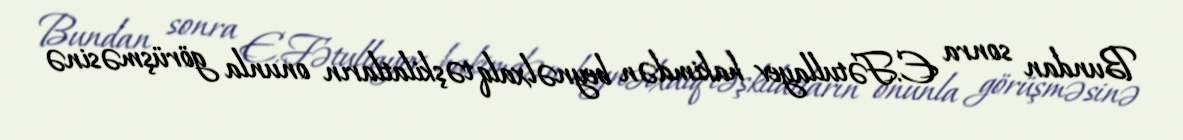
Bundan sonra E.Fətullayev hakimdən beynəlxalq təşkilatların onunla görüşməsinə